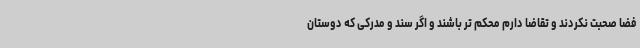
فضا صحبت نکردند و تقاضا دارم محکم تر باشند و اگر سند و مدرکی که دوستان